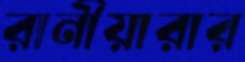
রানীয়ারার